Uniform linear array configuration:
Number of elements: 12
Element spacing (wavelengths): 0.5
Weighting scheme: hann
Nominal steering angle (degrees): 0
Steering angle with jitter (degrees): -1.263
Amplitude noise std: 0.05
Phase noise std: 0.05

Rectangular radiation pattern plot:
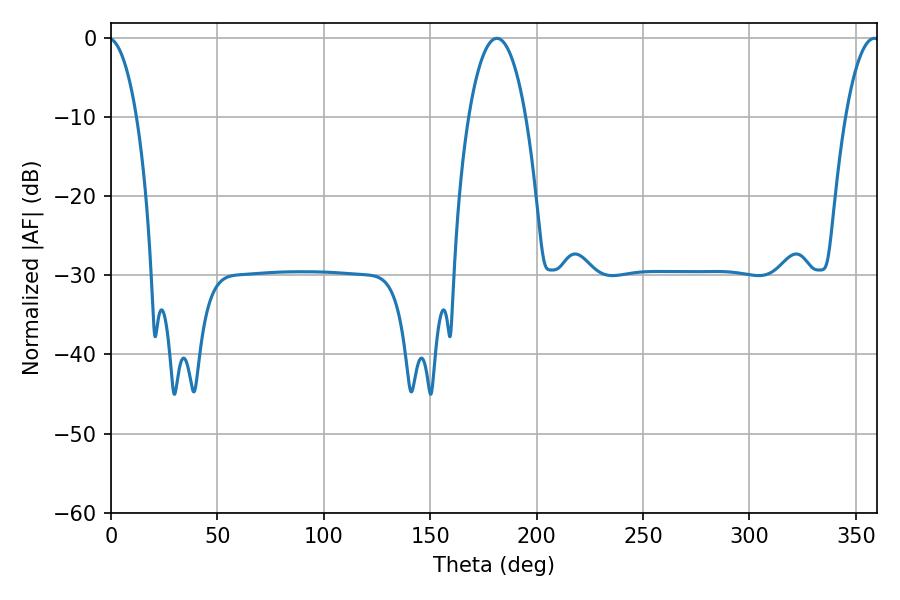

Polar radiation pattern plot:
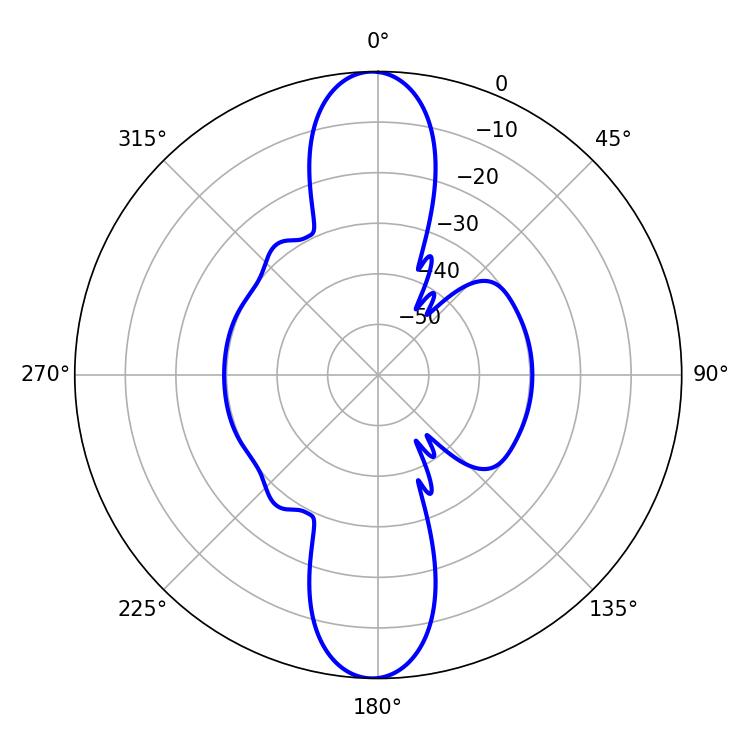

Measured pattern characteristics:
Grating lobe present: FALSE
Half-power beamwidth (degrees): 14.94
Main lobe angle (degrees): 181.26